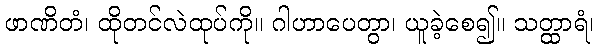
ဖာဏိတံ၊ ထိုတင်လဲထုပ်ကို။ ဂါဟာပေတွာ၊ ယူခဲ့စေ၍။ သတ္ထာရံ၊